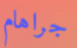
جراهام